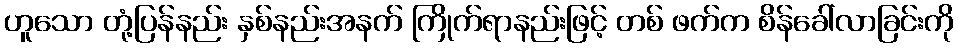
ဟူသော တုံ့ပြန်နည်း နှစ်နည်းအနက် ကြိုက်ရာနည်းဖြင့် တစ် ဖက်က စိန်ခေါ်လာခြင်းကို